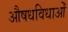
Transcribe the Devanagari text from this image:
औषधविधाओं